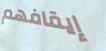
إيقافهم